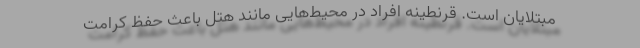
مبتلایان است. قرنطینه افراد در محیط‌هایی مانند هتل باعث حفظ کرامت